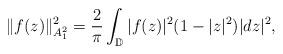
LaTeX: \begin{align*}\| f(z) \|_{A^2_1}^2 = \frac{2}{\pi} \int_{\mathbb{D}} |f(z)|^2 (1-|z|^2) |dz|^2, \end{align*}